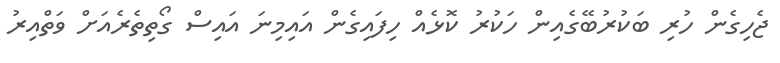
ޖެހިގެން ހުރި ބަކުރުބޭގެއިން ހަކުރު ކޮޅެއް ހިފައިގެން އައިމިނަ އައިސް ގޯތިތެރެއަށް ވަތްއިރު